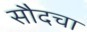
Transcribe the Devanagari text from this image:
सौदचा